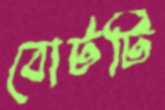
বোটটি